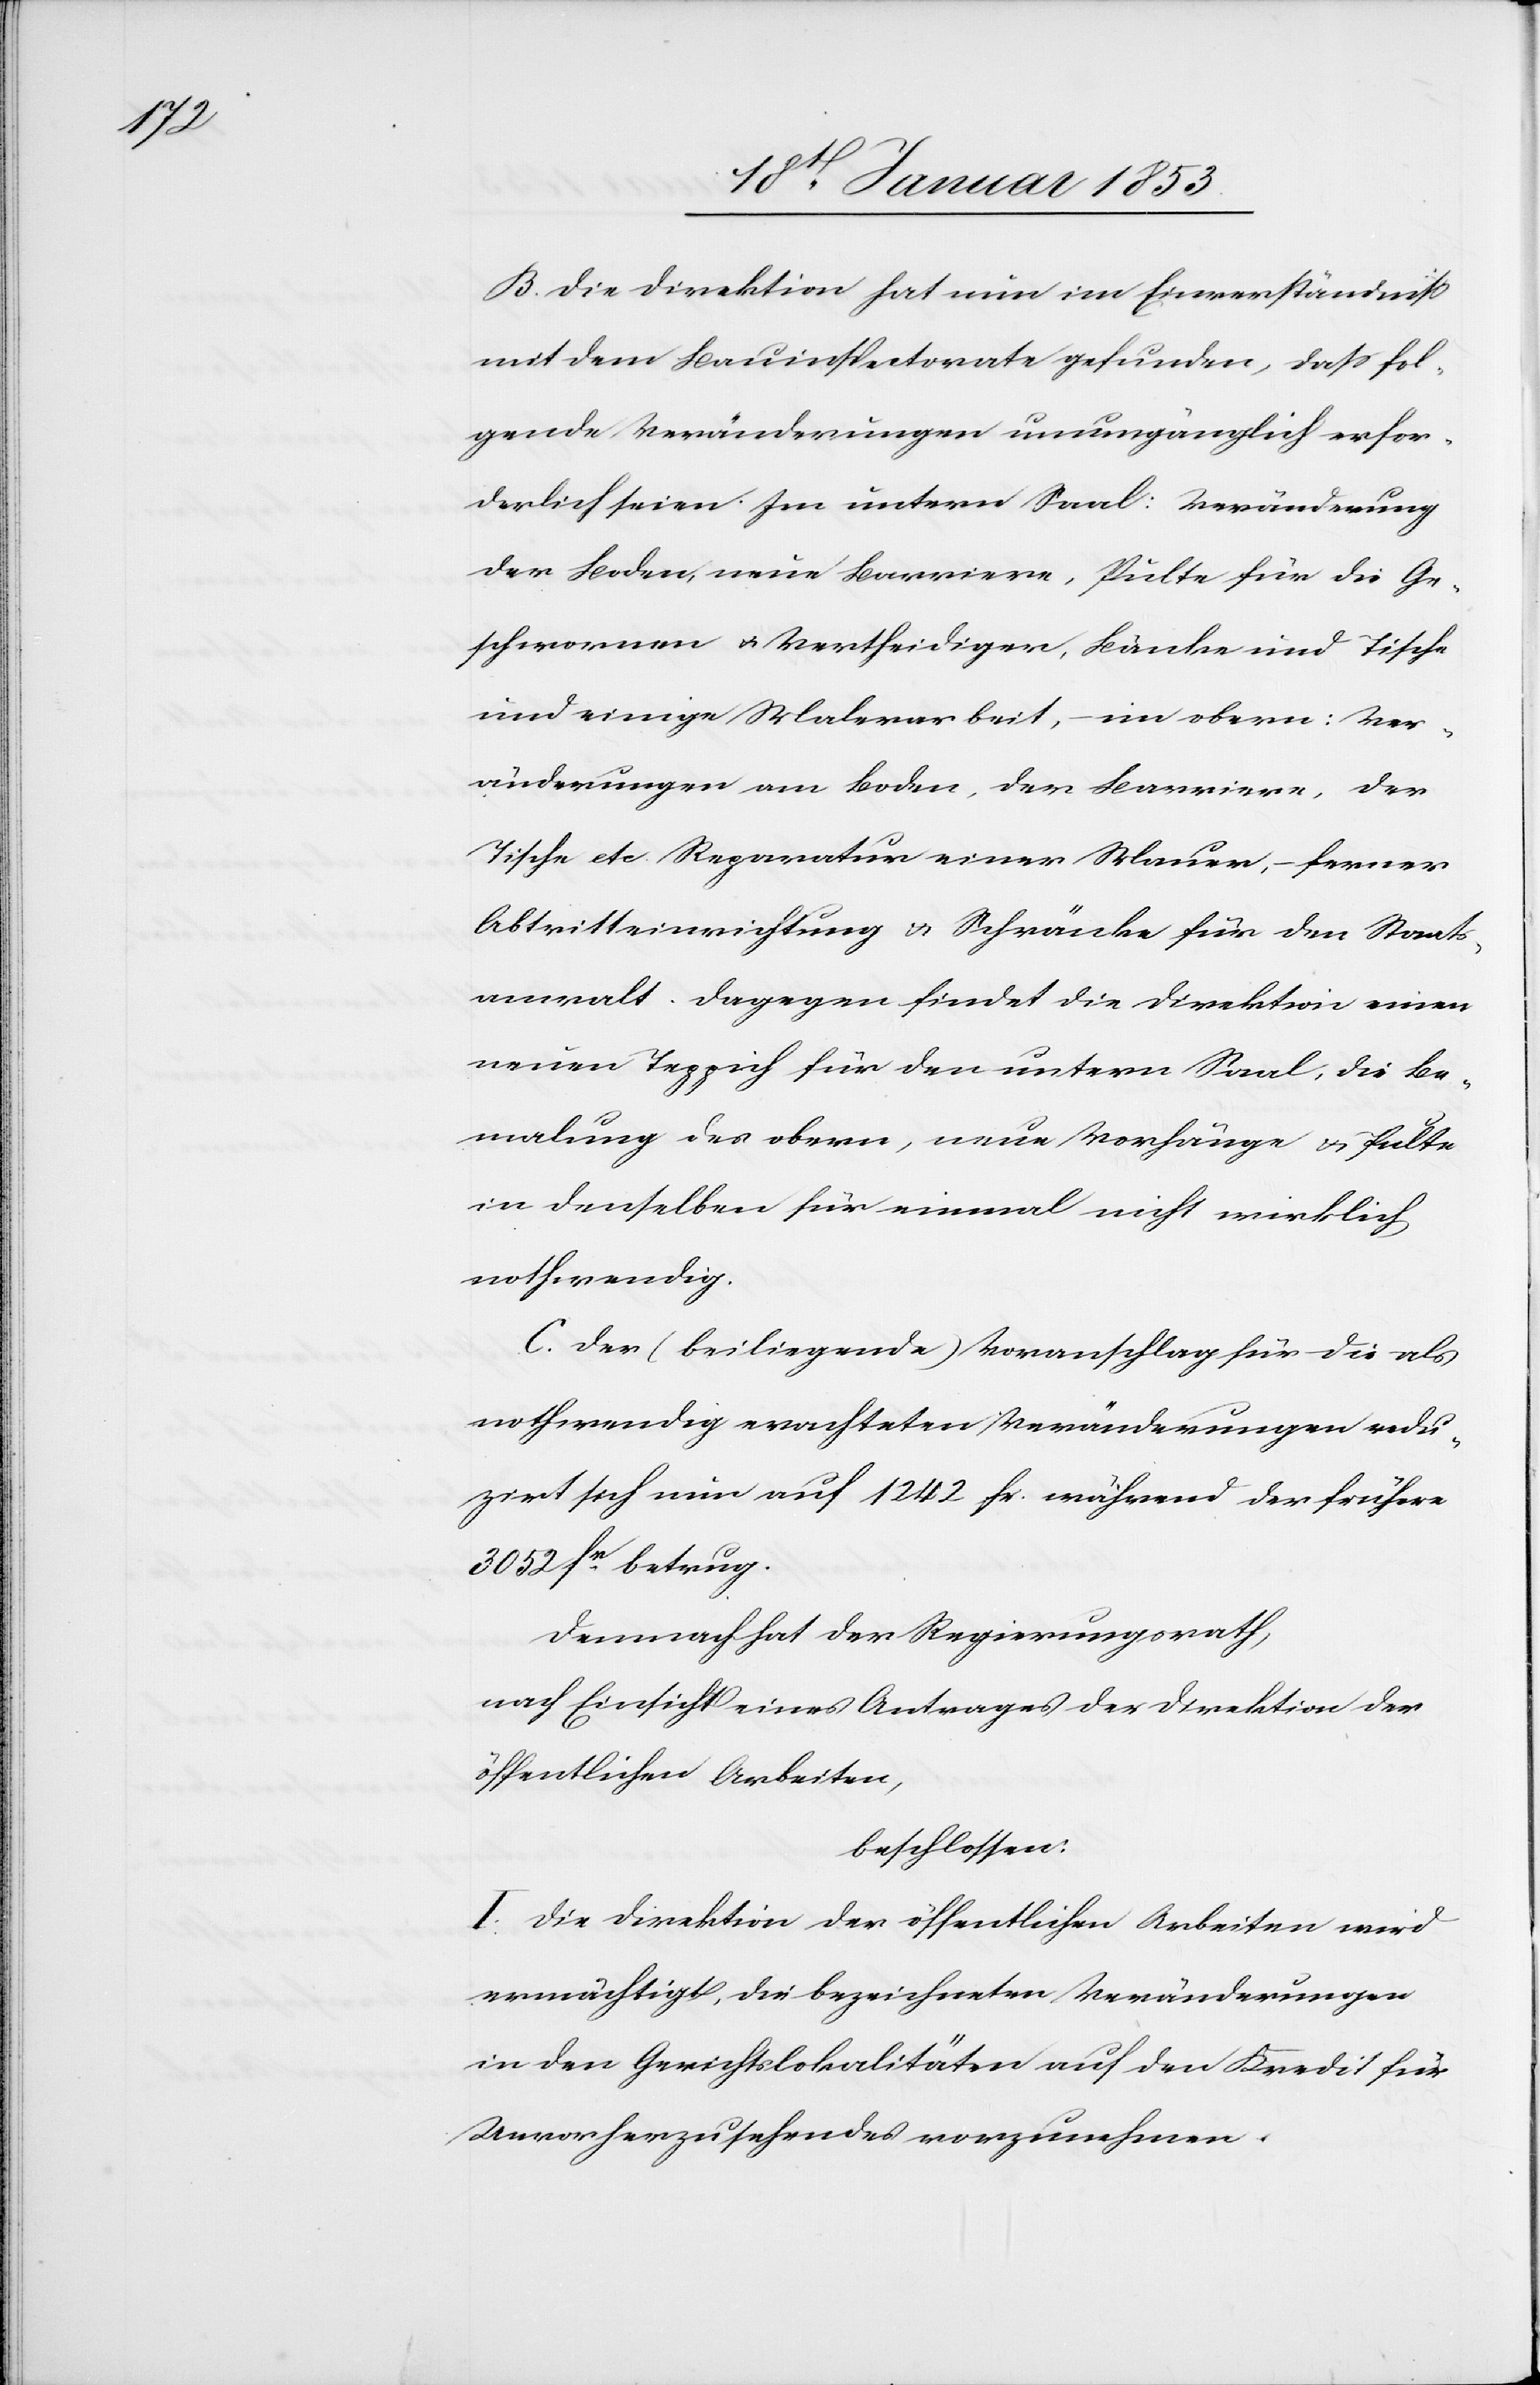
B. Die Direktion hat nun im Einverständniß
mit dem Bauinspektorate gefunden, daß fol¬
gende Veränderungen unumgänglich erfor¬
derlich seien. Im untern Saal: Veränderung
der Boden, neue Barriere, Pulte für die Ge¬
schworenen u. Vertheidiger, Bänke und Tische
und einige Malerarbeit, im obern: Ver¬
änderungen am Boden, der Barrieren, der
Tische etc. Reparaturen einer Mauer, – ferner
Abtritteinrichtung u. Schränke für den Staats¬
anwalt. Dagegen findet die Direktion einen
neuen Teppich für den untern Saal, die Be¬
malung des obern, nur Vorhänge u. Pulte
in denselben für einmal nicht wirklich
nothwendig.
C. Der (beiliegende) Voranschlag für die als
nothwendig erachteten Veränderungen redu¬
zirt sich nun auf 1242. fr. während der frühere
3052 fr. betrug.
Demnach hat der Regierungsrath,
nach Einsicht eines Antrages der Direktion der
öffentlichen Arbeiten,
beschlossen:
I. Die Direktion der öffentlichen Arbeiten wird
ermächtigt, die bezeichneten Veränderungen
in den Gerichtslokalitäten auf den Kredit für
Unvorherzusehendes vorzunehmen.